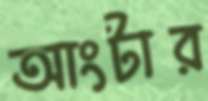
আংটার